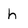
Character: h